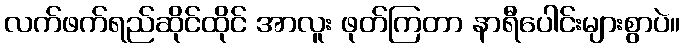
လက်ဖက်ရည်ဆိုင်ထိုင် အာလူး ဖုတ်ကြတာ နာရီပေါင်းများစွာပဲ။